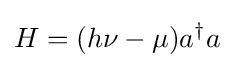
H=(h\nu -\mu )a^{\dagger }a